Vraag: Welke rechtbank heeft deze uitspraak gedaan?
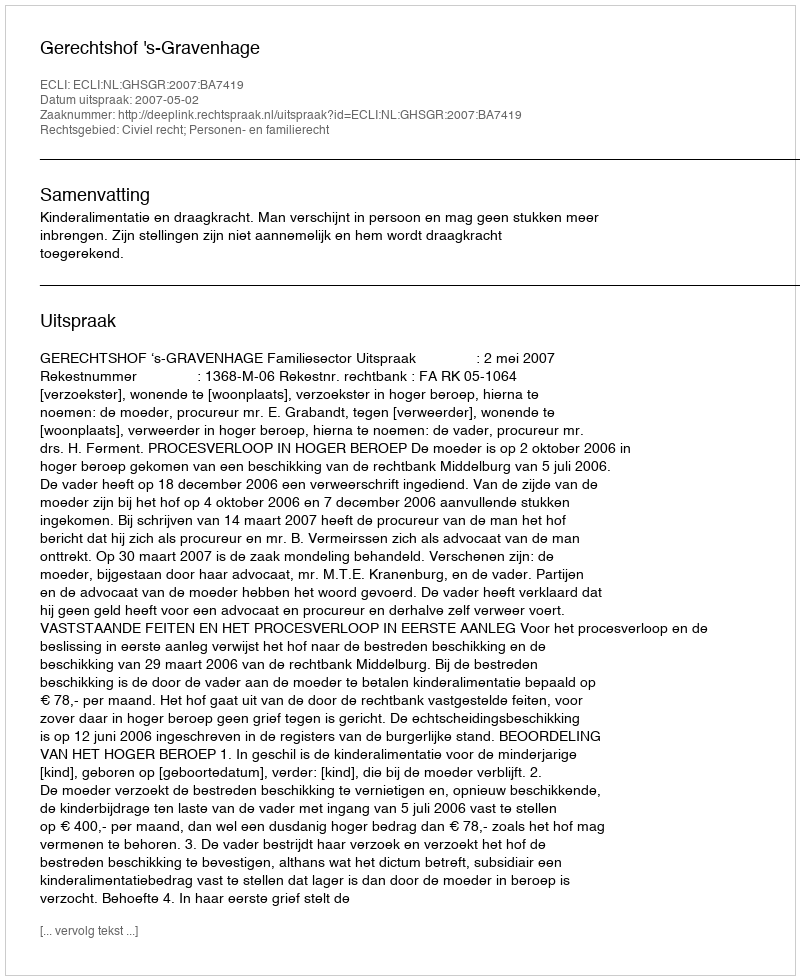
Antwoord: Gerechtshof 's-Gravenhage